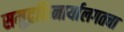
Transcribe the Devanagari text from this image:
समुद्रकिनार्यालगतचा